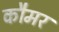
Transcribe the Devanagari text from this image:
कौमर